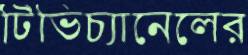
টিভিচ্যানেলের